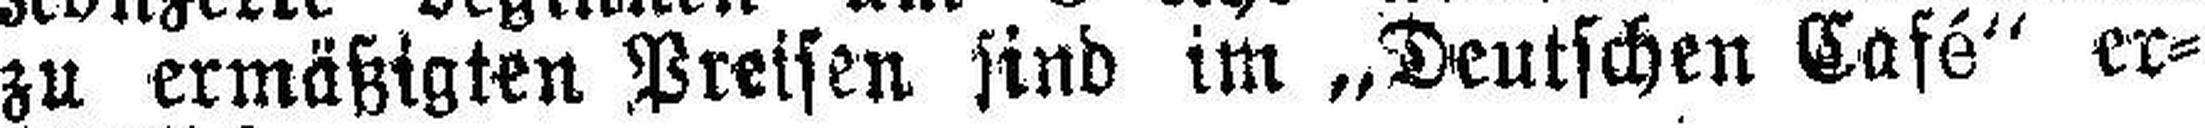
zu ermäßigten Preisen sind im „Deutschen Café“ er¬